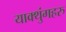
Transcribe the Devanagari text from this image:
याक्थुंगहरु